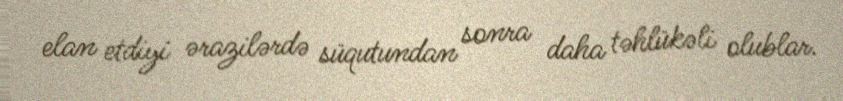
elan etdiyi ərazilərdə süqutundan sonra daha təhlükəli olublar.